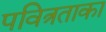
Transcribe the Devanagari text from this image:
पवित्रताका